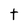
Character: t